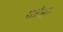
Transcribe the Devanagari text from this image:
सप्रेजी